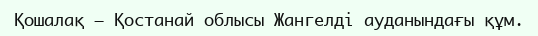
Қошалақ – Қостанай облысы Жангелді ауданындағы құм.